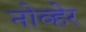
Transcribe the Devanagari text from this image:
नोव्हेर